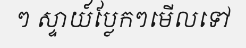
ៗ ស្ទាយ៍ប្លែកៗមើលទៅ